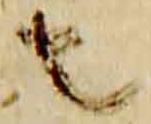
者